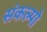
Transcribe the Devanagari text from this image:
संकल्पो